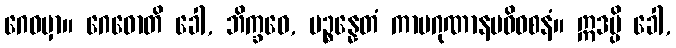
ဂေဓမှာ။ ဂေဓောတိ ခေါ, ဘိက္ခဝေ, ပဉ္စန္နေတံ ကာမဂုဏာနမဓိဝစနံ။ ဣဒမ္ပိ ခေါ,